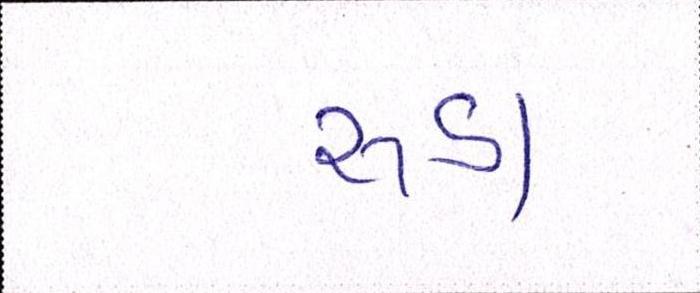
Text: રૂડા